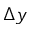
\Delta y